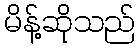
မိန့်ဆိုသည်